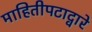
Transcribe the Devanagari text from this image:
माहितीपटाद्वारे